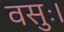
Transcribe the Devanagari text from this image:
वसुः।